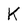
Character: K